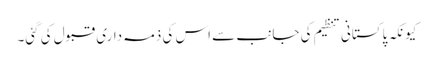
کیونکہ پاکستانی تنظیم کی جانب سے اس کی ذمہ داری قبول کی گئی۔